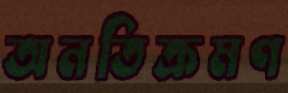
অনতিক্রমণ